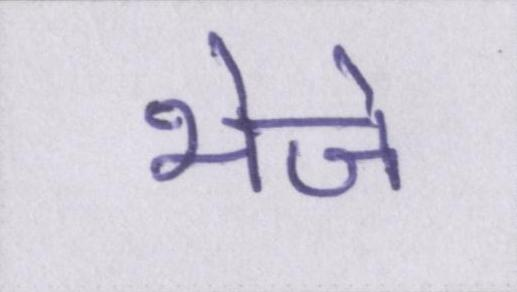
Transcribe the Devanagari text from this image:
भेजे